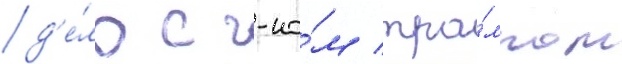
д'е́ло с г-но́м тра́мпом